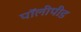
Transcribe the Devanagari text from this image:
पॉलीपीड